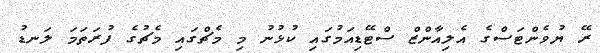
ރޭ ޔުވެންޓަސްގެ އެލިއާންޒް ސްޓޭޑިއަމުގައި ކުޅުނު މި މެޗްގައި މެޗުގެ ފުރަތަމަ ލަނޑު